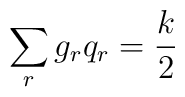
\sum_r g_rq_r=\frac{k}{2}